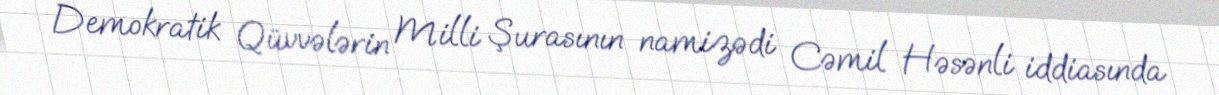
Demokratik Qüvvələrin Milli Şurasının namizədi Cəmil Həsənli iddiasında